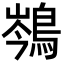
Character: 𪁏